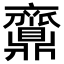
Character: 𪔉